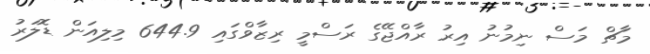
މާޗް މަސް ނިމުނު އިރު ރާއްޖޭގެ ރަސްމީ ރިޒާވްގައި 644.9 މިލިއަން ޑޮލަރު